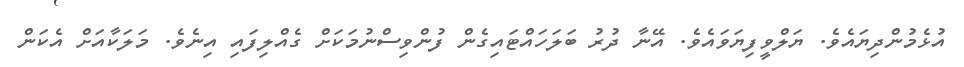
އުޅެމުންދިޔައެވެ. ޔަލްވީފިޔަވައެވެ. އޭނާ ދުރު ބަލަހައްޓައިގެން ފުންވިސްނުމަކަށް ގެއްލިފައި އިނެވެ. މަލަކާއަށް އެކަން